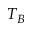
T _ { B }